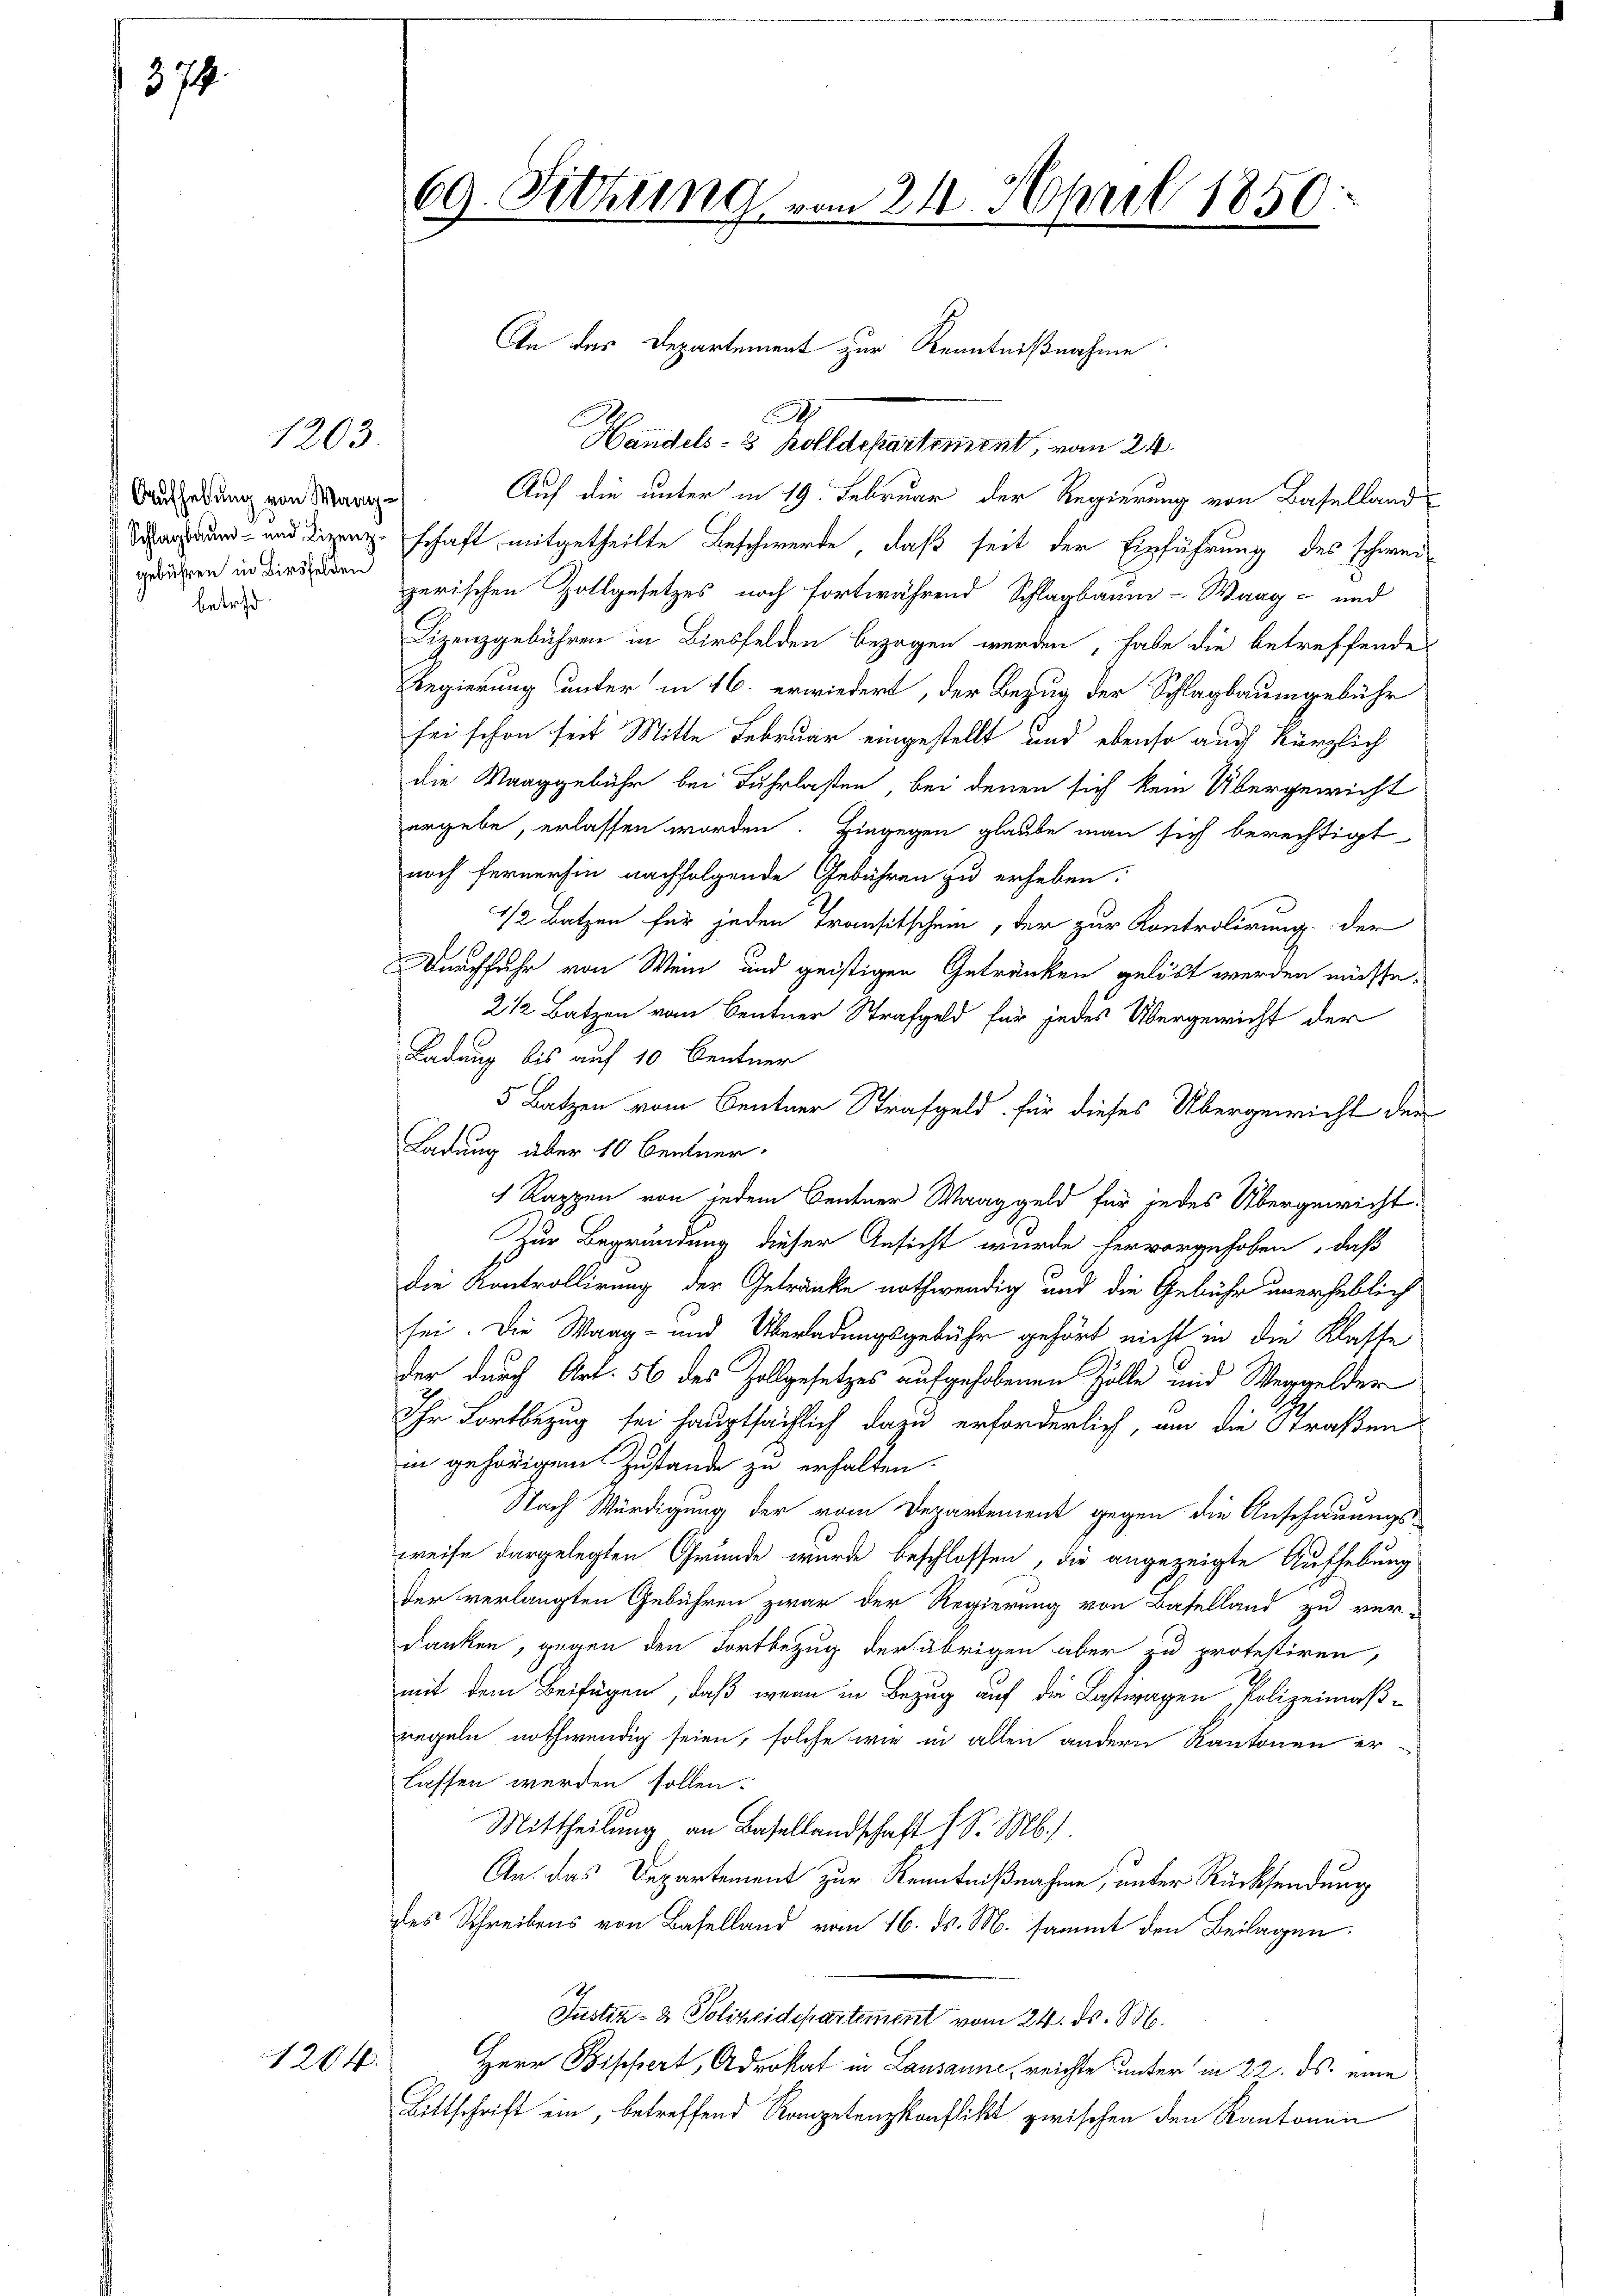
374.

betref

1203

Aufhebung von Waaggebühren in Birsfelden

1204.

69. Sitzung vom 24. April 1850.

.
Handels- & Zolldepartement, vom 24.
Auf die unter in 19. Februar der Regierung von Baselland
aun und Lizenz schaft mitgetheilte Beschwerde, daß seit der Einführung des schweizerischen Zollgesetzes noch fortwährend Schlagbaum- Wang- und
Lizenzgebühren in Birsfelden bezogen werden, habe die betreffendes
Regierung unter in 16. erwiedert, der Bezug der Schlagbaumgebühr
sei schon seit Mitte Februar eingestellt und ebenso auch kürzlich
die Waaggebühr bei Fuhrlaßen, bei denen sich kein Übergewicht
ergebe, erlassen worden. Hingegen glaube man sich berechtigt
noch fernerhin nachfolgende Gebühren zu erheben:
1/2 Batzen für jeden Transitschein, der zur Kontrolirung der
Durchfuhr von Wein und geistigen Getränken gelöst werden müsse.
2 1/2 Batzen vom Centner Strafgeld für jedes Übergericht der
Ladung bis auf 10 Centner
5 Batzen vom Centner Strafgeld für dieses Übergewicht der
Ladung über 10 Benner.
1 Rappen von jedem Centner Waaggeld für jedes Übergewicht
Zur Begründung dieser Ansicht wurde hervorgehoben, daß
die Kontrollirung der Getränke nothwendig und die Gebühr unerheblich
sei. Die Waag- und Überladungsgebühr gehört nicht in die Klasse
der durch Art. 56 des Zollgesetzes aufgehobenen Zölle und Wergelder
Ihr Fortbezug sei hauptsächlich dazu erforderlich, um die Straßen
in gehörigem Zustande zu erhalten.
Nach Würdigung der vom Departement gegen die Anschauungs-
weise dargelegten Grunde wurde beschlossen, die angezeigte Aufhebung
der verlangten Gebühren zwar der Regierung von Baselland zu ver-
danken, gegen den Fortbezug der übrigen aber zu protestiren,
mit dem Beifügen, daß wenn in Bezug auf die Lasteragen Polizeimäßregeln nothwendig seien, solche wie in allen andern Kantonen er
lassen werden sollen.
Mittheilung an Basellandschaft 1 S. Mb.).
An das Departement zur Kenntnißnahme, unter Rücksendung
des Schreibens von Baselland vom 16. ds. M. sammt den Beilagen:
Justiz- & Polizeidepartement vom 24. ds. M.
Herr Bischert, Advokat in Lausanne, reichte unter in 22. ds. eine
Bittschrift ein, betreffend Kompetenzkonflikt zwischen den Kantonen

An des Departement zur Kenntnißnahme